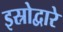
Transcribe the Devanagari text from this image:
इस्रोद्वारे